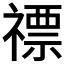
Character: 𥛦